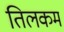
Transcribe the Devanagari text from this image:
तिलकम